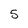
Character: 5